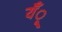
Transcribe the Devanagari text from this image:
यँू